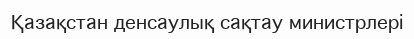
Қазақстан денсаулық сақтау министрлері